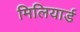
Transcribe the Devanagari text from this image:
मिलियार्ड